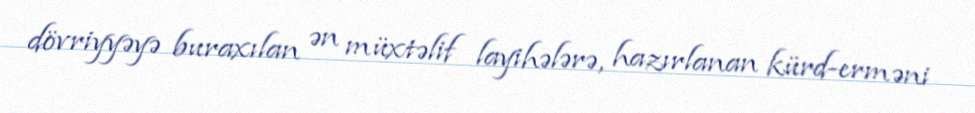
dövriyyəyə buraxılan ən müxtəlif layihələrə, hazırlanan kürd-erməni